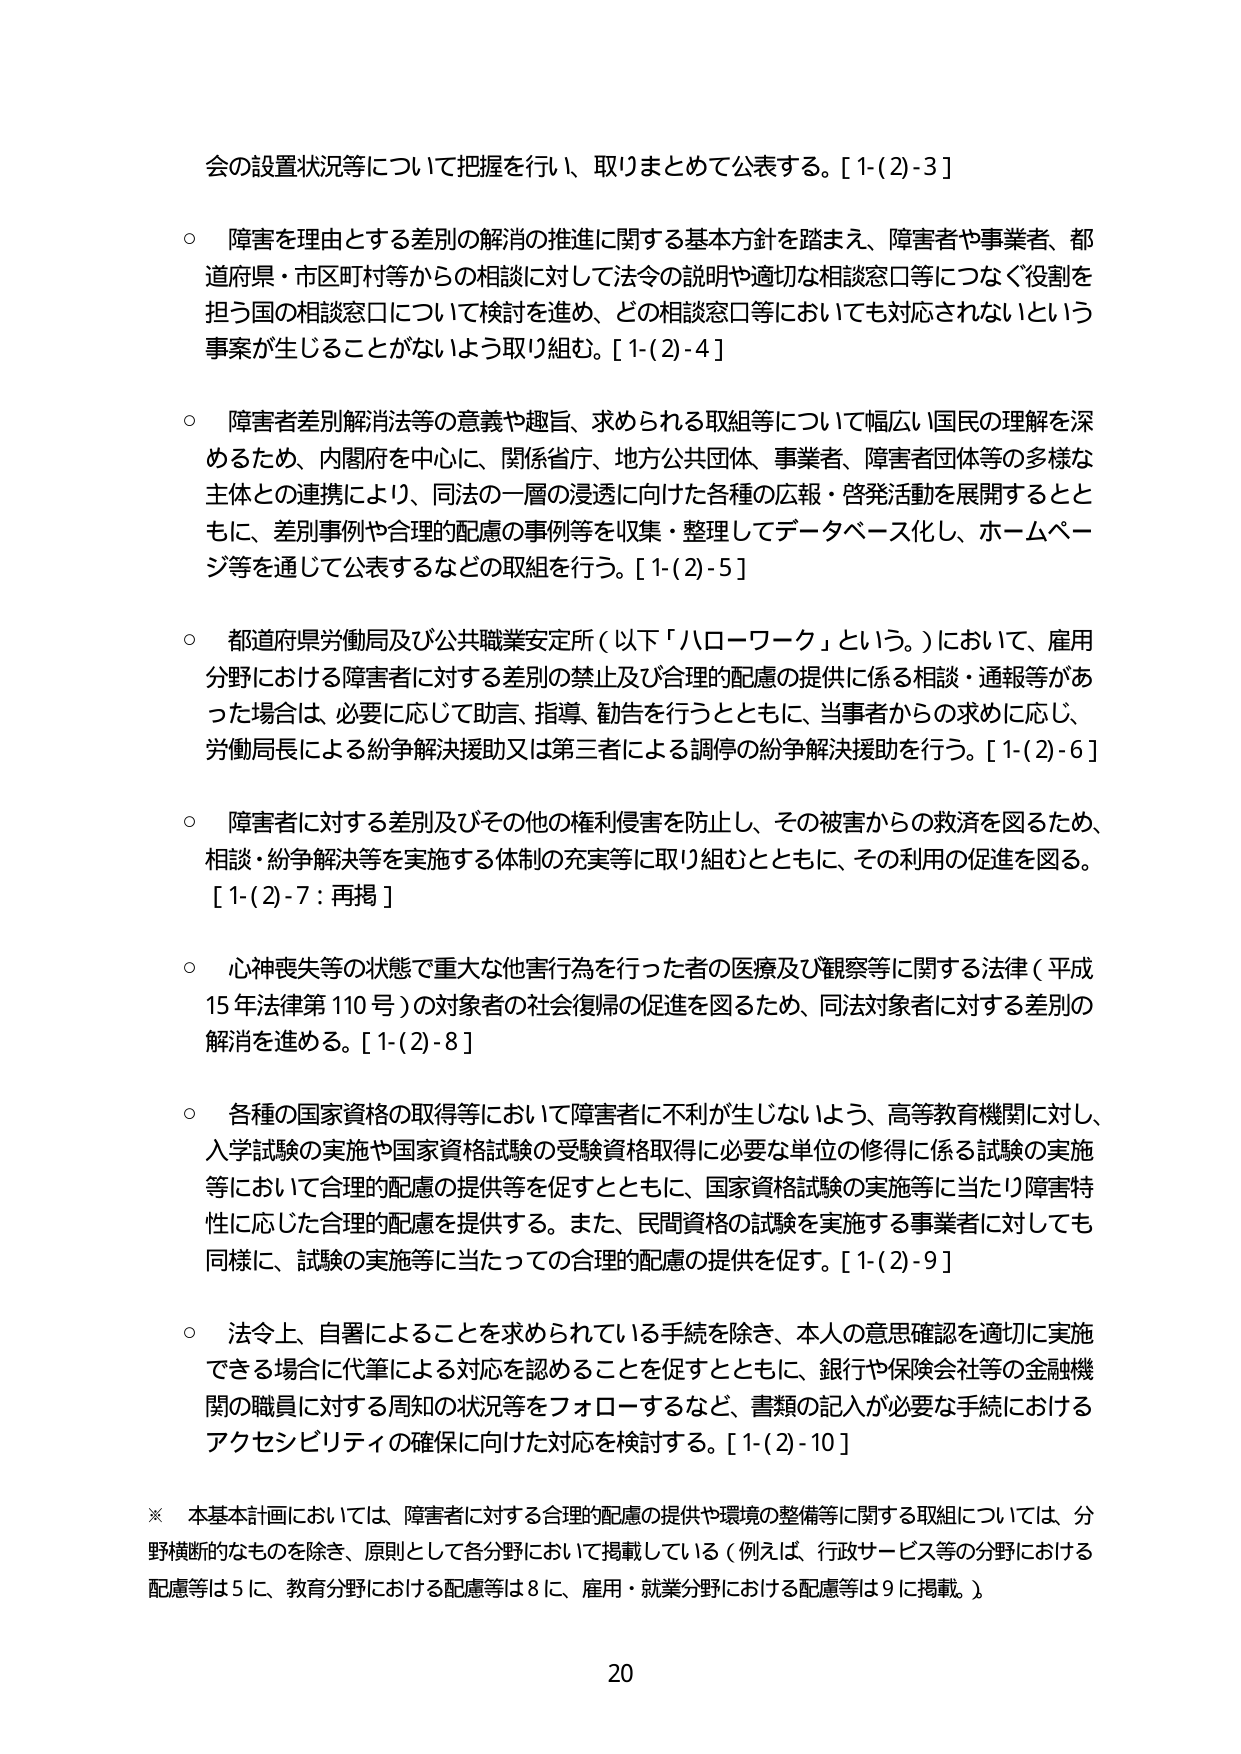
会の設置状況等について把握を行い、取りまとめて公表する。[1-(2)-3]

○ 障害を理由とする差別の解消の推進に関する基本方針を踏まえ、障害者や事業者、都道府県・市区町村等からの相談に対して法令の説明や適切な相談窓口等につなぐ役割を担う国の相談窓口について検討を進め、どの相談窓口等においても対応されないという事案が生じることがないよう取り組む。[1-(2)-4]

○ 障害者差別解消法等の意義や趣旨、求められる取組等について幅広い国民の理解を深めるため、内閣府を中心に、関係省庁、地方公共団体、事業者、障害者団体等の多様な主体との連携により、同法の一層の浸透に向けた各種の広報・啓発活動を展開するとともに、差別事例や合理的配慮の事例等を収集・整理してデータベース化し、ホームページ等を通じて公表するなどの取組を行う。[1-(2)-5]

○ 都道府県労働局及び公共職業安定所（以下「ハローワーク」という。）において、雇用分野における障害者に対する差別の禁止及び合理的配慮の提供に係る相談・通報等があった場合は、必要に応じて助言、指導、勧告を行うとともに、当事者からの求めに応じ、労働局長による紛争解決援助又は第三者による調停の紛争解決援助を行う。[1-(2)-6]

○ 障害者に対する差別及びその他の権利侵害を防止し、その被害からの救済を図るため、相談・紛争解決等を実施する体制の充実等に取り組むとともに、その利用の促進を図る。[1-(2)-7：再掲]

○ 心神喪失等の状態で重大な他害行為を行った者の医療及び観察等に関する法律（平成15年法律第110号）の対象者の社会復帰の促進を図るため、同法対象者に対する差別の解消を進める。[1-(2)-8]

○ 各種の国家資格の取得等において障害者に不利が生じないよう、高等教育機関に対し、入学試験の実施や国家資格試験の受験資格取得に必要な単位の修得に係る試験の実施等において合理的配慮の提供等を促すとともに、国家資格試験の実施等に当たり障害特性に応じた合理的配慮を提供する。また、民間資格の試験を実施する事業者に対しても同様に、試験の実施等に当たっての合理的配慮の提供を促す。[1-(2)-9]

○ 法令上、自署によることを求められている手続を除き、本人の意思確認を適切に実施できる場合に代筆による対応を認めることを促すとともに、銀行や保険会社等の金融機関の職員に対する周知の状況等をフォローするなど、書類の記入が必要な手続におけるアクセシビリティの確保に向けた対応を検討する。[1-(2)-10]

※ 本基本計画においては、障害者に対する合理的配慮の提供や環境の整備等に関する取組については、分野横断的なものを除き、原則として各分野において掲載している（例えば、行政サービス等の分野における配慮等は5に、教育分野における配慮等は8に、雇用・就業分野における配慮等は9に掲載。）。

20